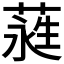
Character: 𮶭